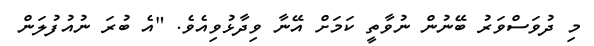
މި ދުވަސްވަރު ބޭނުން ނުވާތީ ކަމަށް އޭނާ ވިދާޅުވިއެވެ. "އެ ބުރަ ނުއުފުލަން